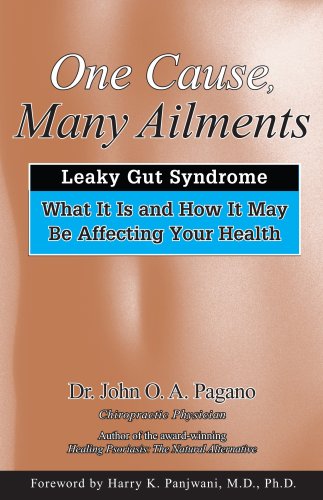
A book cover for One Cause, Many Ailments: Leaky Gut Syndrome: What It Is and How It May Be Affecting Your Health; John O. A. Pagano; Health, Fitness & Dieting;